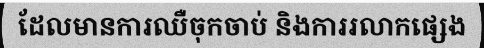
ដែលមានការឈឺចុកចាប់ និងការរលាកផ្សេង